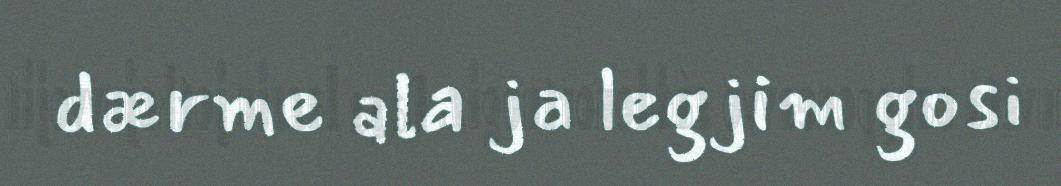
dærme ala ja legjim gosi